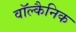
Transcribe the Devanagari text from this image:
वॉल्कैनिक